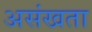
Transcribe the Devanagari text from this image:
असंखता